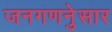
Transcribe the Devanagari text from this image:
जनगणनेुसार